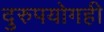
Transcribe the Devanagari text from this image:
दुरुपयोगही